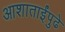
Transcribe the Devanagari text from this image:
आशाताईंपुढे